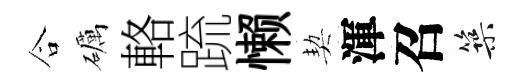
合礪輅䟽懒契渾召築